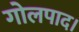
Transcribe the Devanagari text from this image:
गोलपाद।